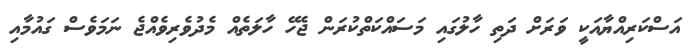
އަސްކަރިއްޔާއަކީ ވަރަށް ދަތި ހާލުގައި މަސައްކަތްކުރަން ޖެހޭ ހާލަތެއް މެދުވެރިވެއްޖެ ނަމަވެސް ގައުމާއި